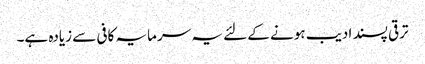
ترقی پسند ادیب ہونے کے لئے یہ سرمایہ کافی سے زیادہ ہے۔